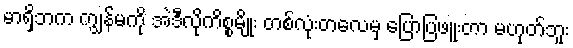
မာရှိဘက ကျွန်မကို အဲဒီလိုကိစ္စမျိုး တစ်လုံးတလေမှ ပြောပြဖူးတာ မဟုတ်ဘူး